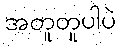
အတူတူပါပဲ